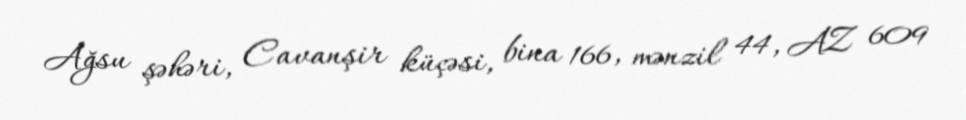
Ağsu şəhəri, Cavanşir küçəsi, bina 166, mənzil 44, AZ 609